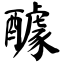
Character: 醵